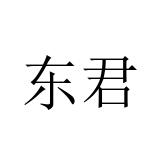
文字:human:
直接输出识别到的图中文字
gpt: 东君